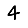
Digit: 4